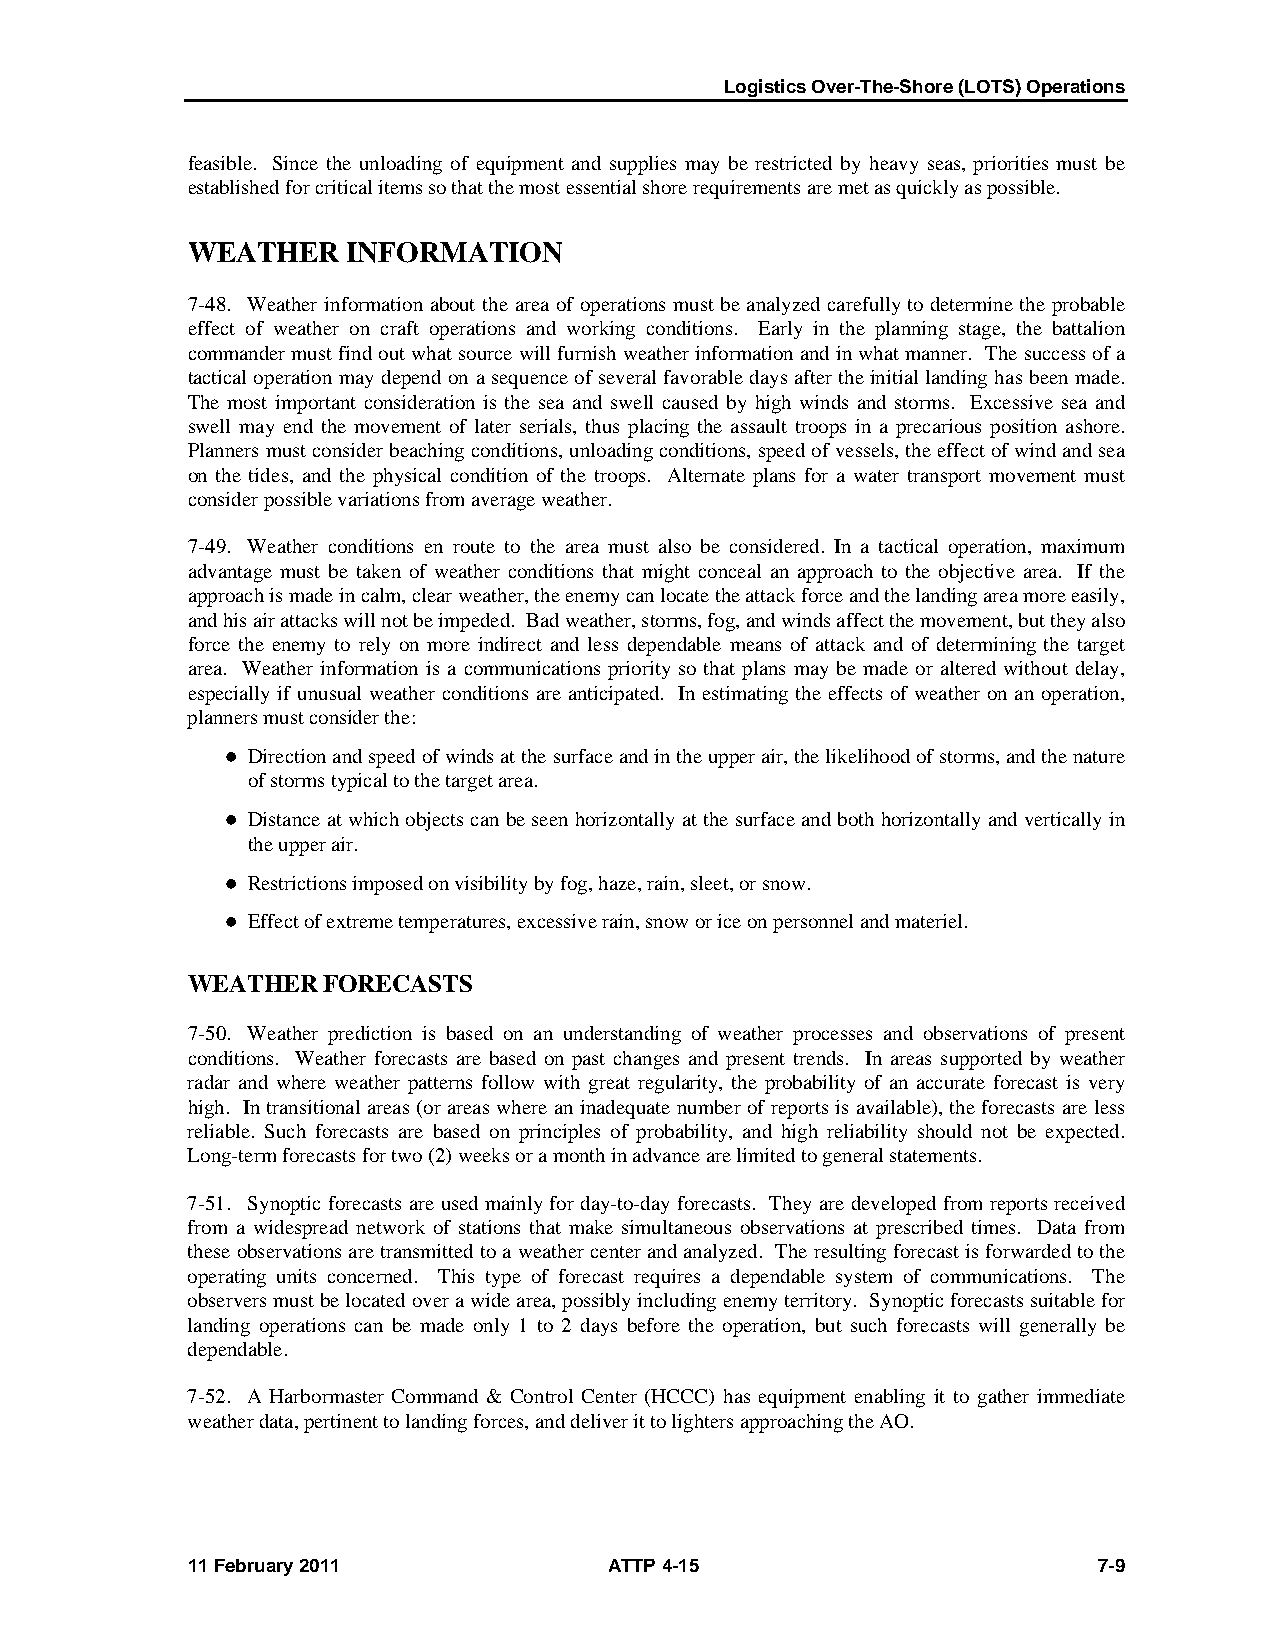
Logistics Over-The-Shore (LOTS) Operations
 feasible. Since the unloading of equipment and supplies may be restricted by heavy seas, priorities must be
 established for critical items so that the most essential shore requirements are met as quickly as possible.
 WEATHER    INFORMATION
 7-48. Weather information about the area of operations must be analyzed carefully to determine the probable
 effect of weather on craft operations and working conditions. Early in the planning stage, the battalion
 commander must find out what source will furnish weather information and in what manner. The success of a
 tactical operation may depend on a sequence of several favorable days after the initial landing has been made.
 The most important consideration is the sea and swell caused by high winds and storms. Excessive sea and
 swell may end the movement of later serials, thus placing the assault troops in a precarious position ashore.
 Planners must consider beaching conditions, unloading conditions, speed of vessels, the effect of wind and sea
 on the tides, and the physical condition of the troops. Alternate plans for a water transport movement must
 consider possible variations from average weather.
 7-49. Weather conditions en route to the area must also be considered. In a tactical operation, maximum
 advantage must be taken of weather conditions that might conceal an approach to the objective area. If the
 approach is made in calm, clear weather, the enemy can locate the attack force and the landing area more easily,
 and his air attacks will not be impeded. Bad weather, storms, fog, and winds affect the movement, but they also
 force the enemy to rely on more indirect and less dependable means of attack and of determining the target
 area. Weather information is a communications priority so that plans may be made or altered without delay,
 especially if unusual weather conditions are anticipated. In estimating the effects of weather on an operation,
 planners must consider the:
  Direction and speed of winds at the surface and in the upper air, the likelihood of storms, and the nature
 of storms typical to the target area.
  Distance at which objects can be seen horizontally at the surface and both horizontally and vertically in
 the upper air.
  Restrictions imposed on visibility by fog, haze, rain, sleet, or snow.
  Effect of extreme temperatures, excessive rain, snow or ice on personnel and materiel.
 WEATHER  FORECASTS
 7-50. Weather prediction is based on an understanding of weather processes and observations of present
 conditions. Weather forecasts are based on past changes and present trends. In areas supported by weather
 radar and where weather patterns follow with great regularity, the probability of an accurate forecast is very
 high. In transitional areas (or areas where an inadequate number of reports is available), the forecasts are less
 reliable. Such forecasts are based on principles of probability, and high reliability should not be expected.
 Long-term forecasts for two (2) weeks or a month in advance are limited to general statements.
 7-51. Synoptic forecasts are used mainly for day-to-day forecasts. They are developed from reports received
 from a widespread network of stations that make simultaneous observations at prescribed times. Data from
 these observations are transmitted to a weather center and analyzed. The resulting forecast is forwarded to the
 operating units concerned. This type of forecast requires a dependable system of communications. The
 observers must be located over a wide area, possibly including enemy territory. Synoptic forecasts suitable for
 landing operations can be made only 1 to 2 days before the operation, but such forecasts will generally be
 dependable.
 7-52. A Harbormaster Command & Control Center (HCCC) has equipment enabling it to gather immediate
 weather data, pertinent to landing forces, and deliver it to lighters approaching the AO.
 11 February 2011            ATTP 4-15                        7-9